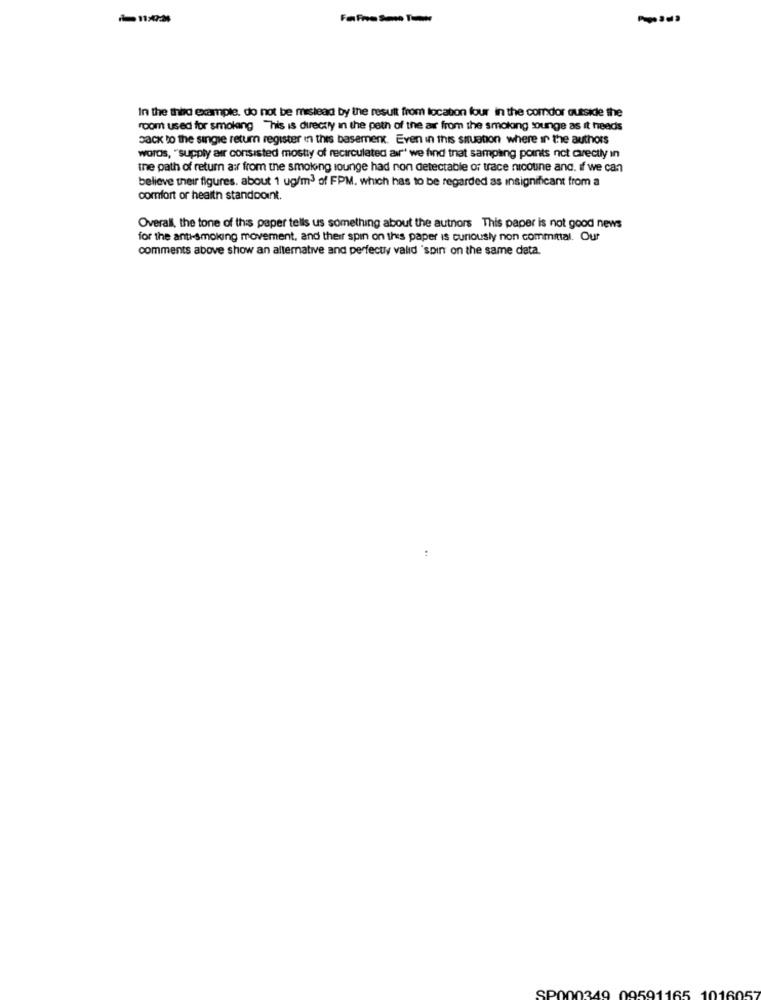
In the third example. do not be reslead by the result from location four in the comdor outside the
room used for smoking This is directly in the path of the air from the smoking tounge as it needs
back to the single return register in this basement. Even in this smuston where in the authors
words, "supply air consisted mostly of recirculated av"' we find that sampling points not crectly in
the path of return a: from the smolong lounge had non detectable of trace nicoune and. if we can
believe their figures. about 1 ug/m3 of FPM. which has to be regarded as insignificant from a
comfort or health standpoint.
Overall, the tone of this paper tells us something about the authors This paper is not good news
for the anti-smoking movement, and their spin on this paper is curiously non committal. Our
comments above show an alternative and perfectly valid 'spin on the same data.
SP000349
09591165